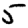
Digit: 5